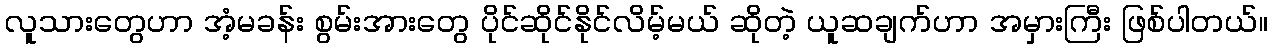
လူသားတွေဟာ အံ့မခန်း စွမ်းအားတွေ ပိုင်ဆိုင်နိုင်လိမ့်မယ် ဆိုတဲ့ ယူဆချက်ဟာ အမှားကြီး ဖြစ်ပါတယ်။